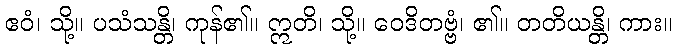
ဧဝံ၊ သို့။ ပသံသန္တိ၊ ကုန်၏။ ဣတိ၊ သို့။ ဝေဒိတဗ္ဗံ၊ ၏။ တတိယန္တိ၊ ကား။